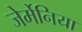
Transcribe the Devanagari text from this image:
जेर्मेनिया